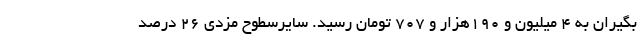
بگیران به 4 میلیون و 190هزار و 707 تومان رسید. سایرسطوح مزدی 26 درصد